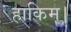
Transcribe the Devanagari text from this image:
हाकिम।